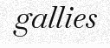
gallies